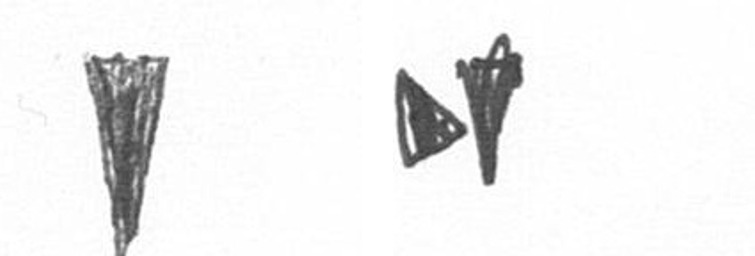
J M